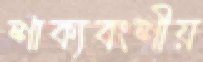
শাক্যবংশীয়